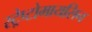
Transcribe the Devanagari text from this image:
स्ट्रेप्टोमायसिन